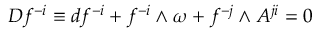
{ \cal D } f ^ { - i } \equiv d f ^ { - i } + f ^ { - i } \wedge \omega + f ^ { - j } \wedge A ^ { j i } = 0